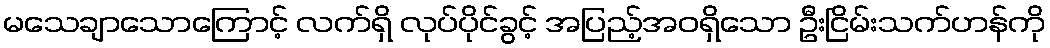
မသေချာသောကြောင့် လက်ရှိ လုပ်ပိုင်ခွင့် အပြည့်အဝရှိသော ဦးငြိမ်းသက်ဟန်ကို